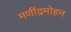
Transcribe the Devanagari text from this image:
मणींद्रमोहन